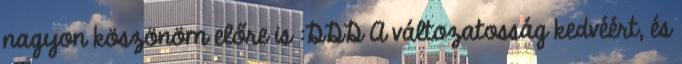
nagyon köszönöm előre is :DDD A változatosság kedvéért, és